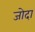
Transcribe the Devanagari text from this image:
जोदा